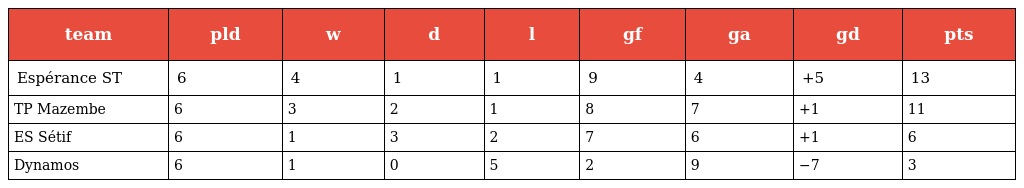
| team | pld | w | d | l | gf | ga | gd | pts |
 | --- | --- | --- | --- | --- | --- | --- | --- | --- |
 | Espérance ST | 6 | 4 | 1 | 1 | 9 | 4 | +5 | 13 |
 | TP Mazembe | 6 | 3 | 2 | 1 | 8 | 7 | +1 | 11 |
 | ES Sétif | 6 | 1 | 3 | 2 | 7 | 6 | +1 | 6 |
 | Dynamos | 6 | 1 | 0 | 5 | 2 | 9 | −7 | 3 |